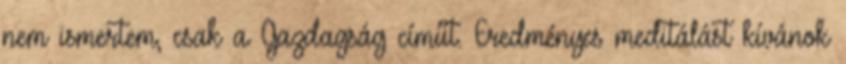
nem ismertem, csak a Gazdagság címűt. Eredményes meditálást kívánok